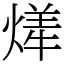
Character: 㷣